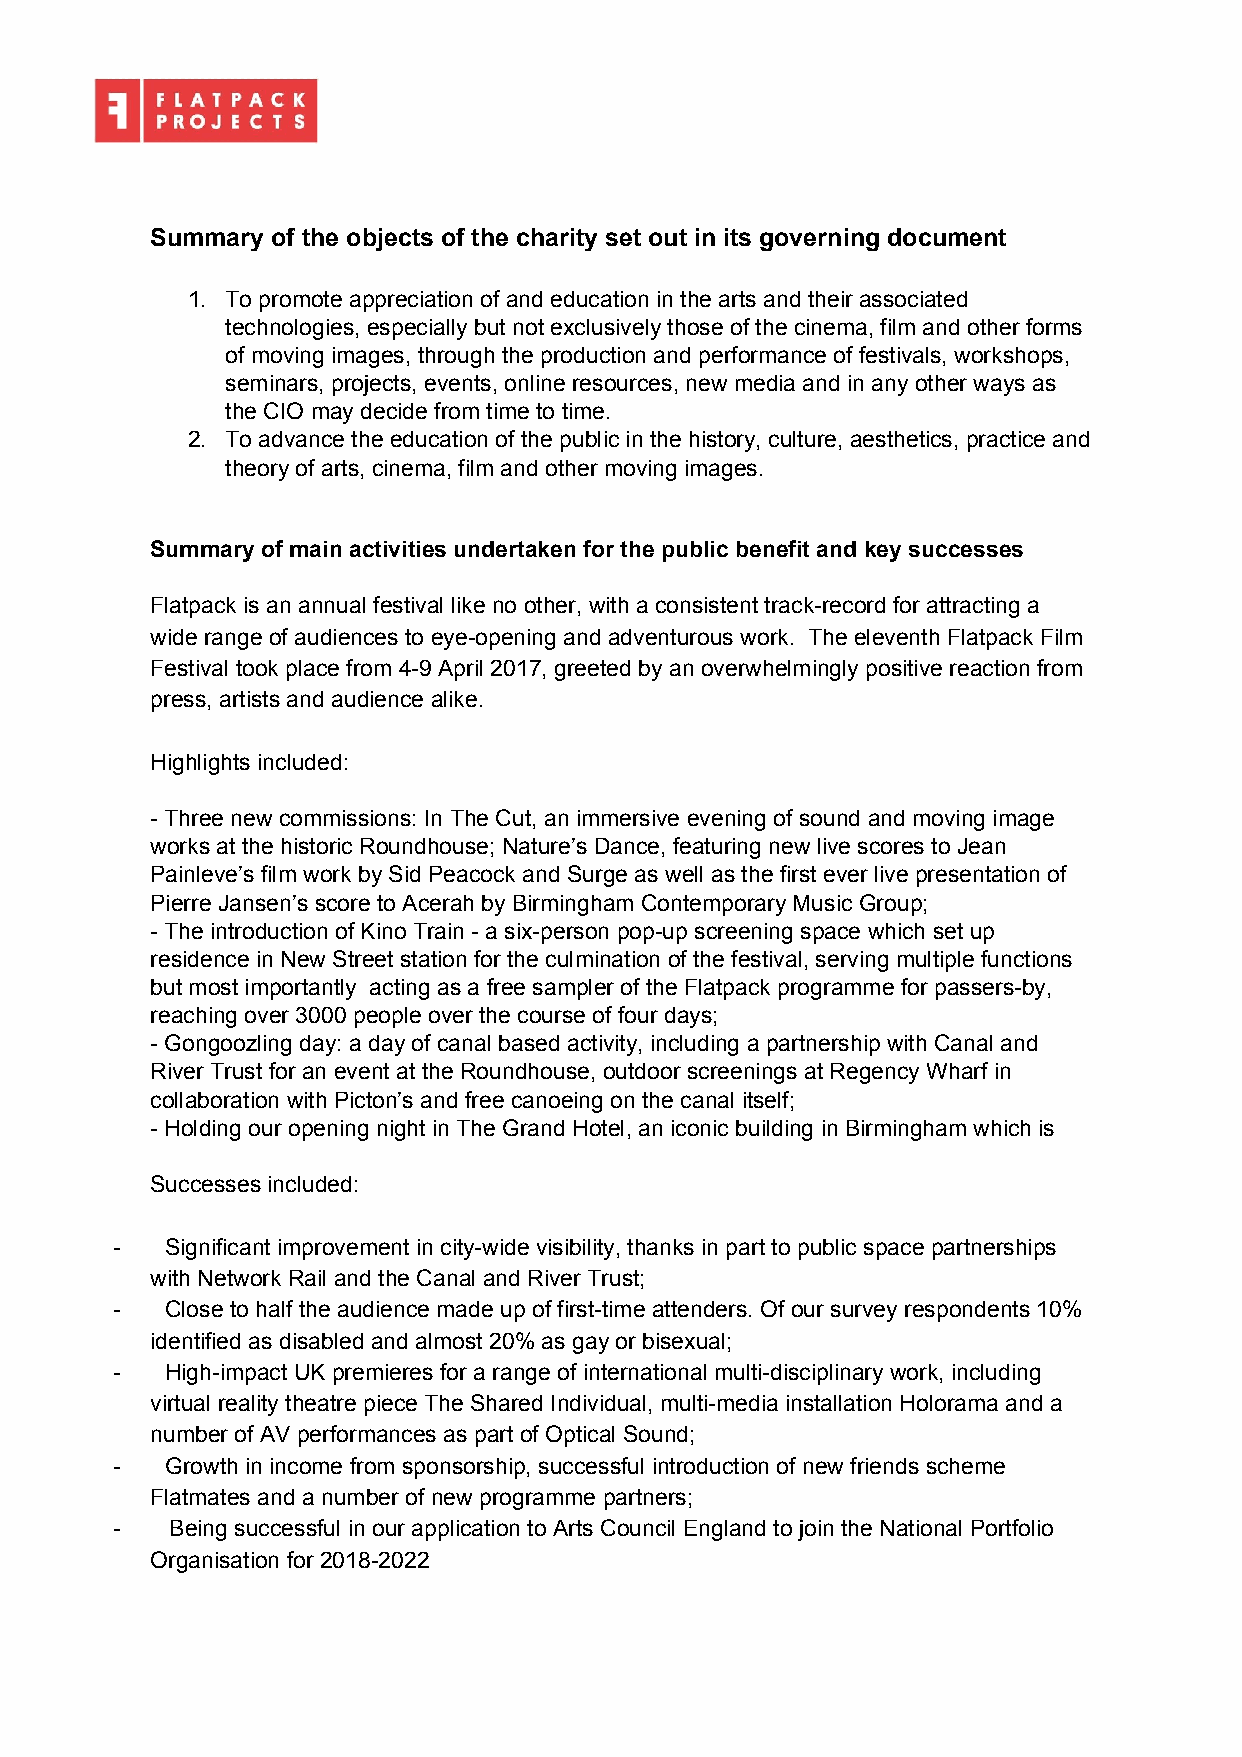
Summary of the objects of the charity set out in its governing document
 1. To promote appreciation of and education in the arts and their associated
 technologies, especially but not exclusively those of the cinema, film and other forms
 of moving images, through the production and performance of festivals, workshops,
 seminars, projects, events, online resources, new media and in any other ways as
 the CIO may decide from time to time.
 2. To advance the education of the public in the history, culture, aesthetics, practice and
 theory of arts, cinema, film and other moving images.
 Summary of main activities undertaken for the public benefit and key successes
 Flatpack is an annual festival like no other, with a consistent track-record for attracting a
 wide range of audiences to eye-opening and adventurous work. The eleventh Flatpack Film
 Festival took place from 4-9 April 2017, greeted by an overwhelmingly positive reaction from
 press, artists and audience alike.
 Highlights included:
 - Three new commissions: In The Cut, an immersive evening of sound and moving image
 works at the historic Roundhouse; Nature’s Dance, featuring new live scores to Jean
 Painleve’s film work by Sid Peacock and Surge as well as the first ever live presentation of
 Pierre Jansen’s score to Acerah by Birmingham Contemporary Music Group;
 - The introduction of Kino Train - a six-person pop-up screening space which set up
 residence in New Street station for the culmination of the festival, serving multiple functions
 but most importantly acting as a free sampler of the Flatpack programme for passers-by,
 reaching over 3000 people over the course of four days;
 - Gongoozling day: a day of canal based activity, including a partnership with Canal and
 River Trust for an event at the Roundhouse, outdoor screenings at Regency Wharf in
 collaboration with Picton’s and free canoeing on the canal itself;
 - Holding our opening night in The Grand Hotel, an iconic building in Birmingham which is
 Successes included:
 -   Significant improvement in city-wide visibility, thanks in part to public space partnerships
 with Network Rail and the Canal and River Trust;
 -   Close to half the audience made up of first-time attenders. Of our survey respondents 10%
 identified as disabled and almost 20% as gay or bisexual;
 -   High-impact UK premieres for a range of international multi-disciplinary work, including
 virtual reality theatre piece The Shared Individual, multi-media installation Holorama and a
 number of AV performances as part of Optical Sound;
 -   Growth in income from sponsorship, successful introduction of new friends scheme
 Flatmates and a number of new programme partners;
 -   Being successful in our application to Arts Council England to join the National Portfolio
 Organisation for 2018-2022